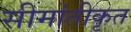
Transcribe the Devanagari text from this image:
सीमांतीकृत